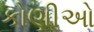
કોણીઓ